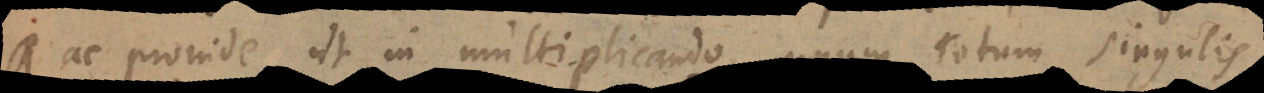
ac proinde ut in multiplicando, unum totum singulis